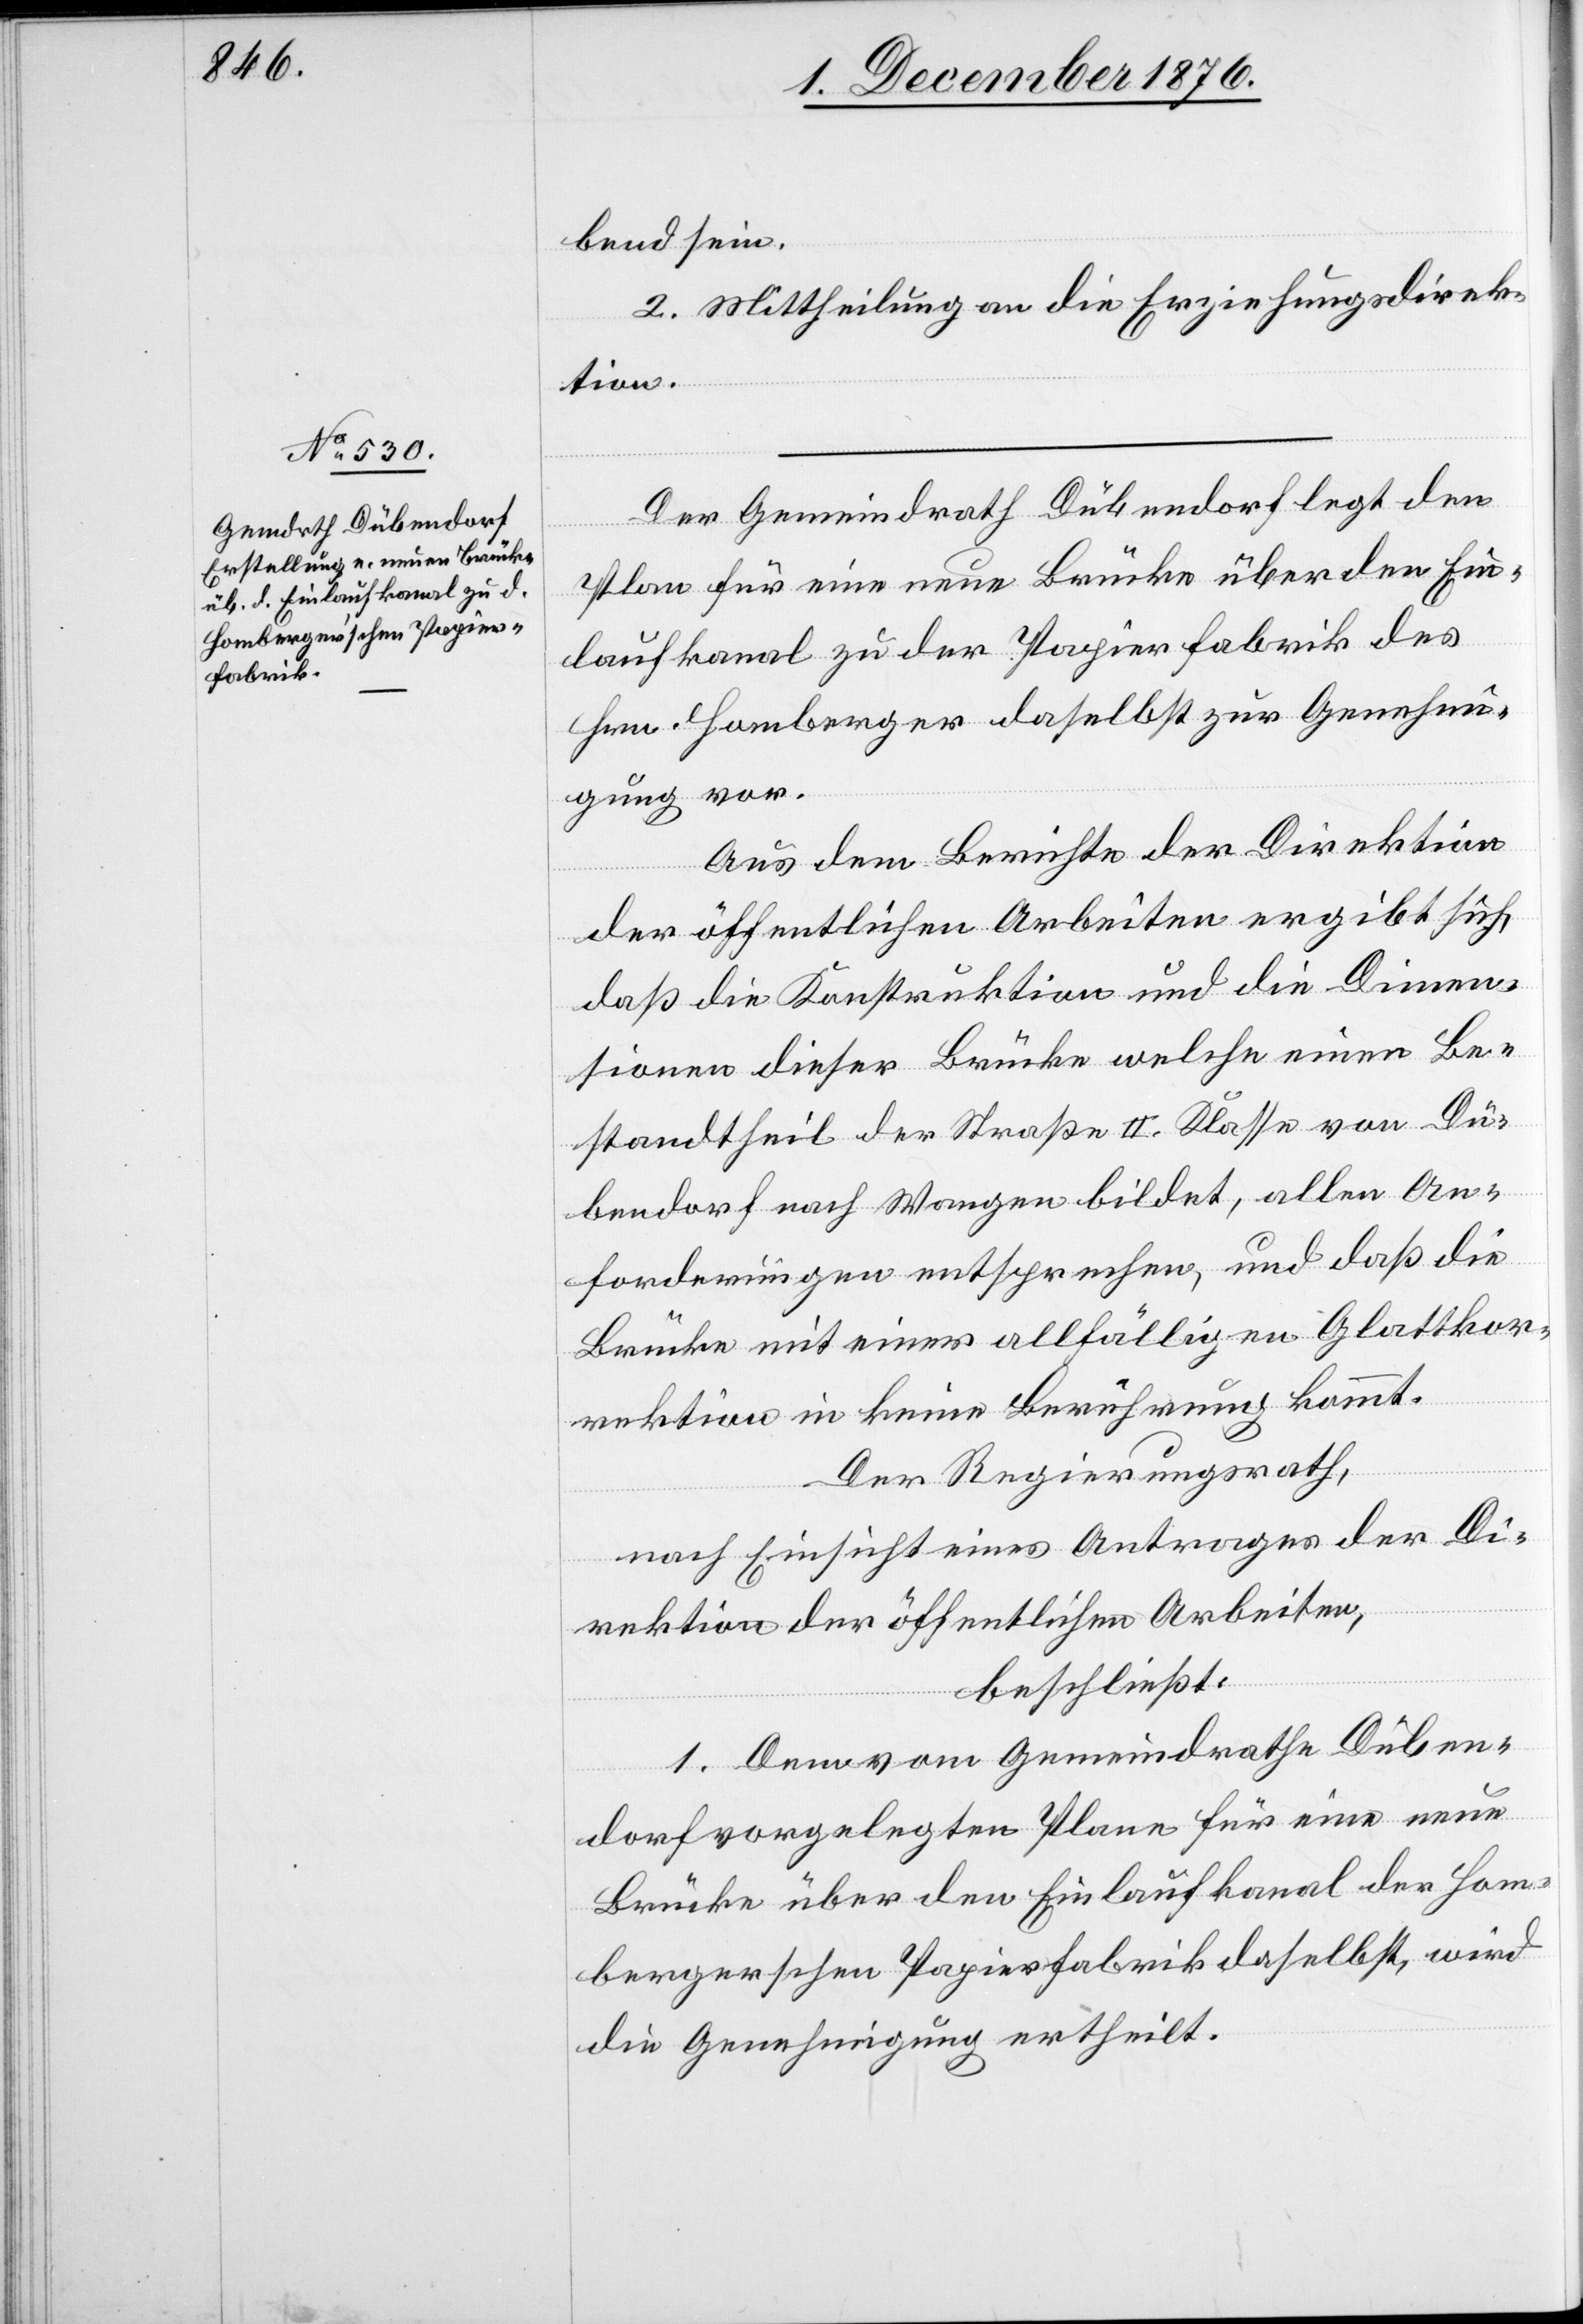
bend sein.
2. Mittheilung an die Erziehungsdirek¬
tion.
Der Gemeindrath Dübendorf legt den
Plan für eine neue Brücke über den Ein¬
laufkanal zu der Papierfabrik des
Hrn. Homberger daselbst zur Genehmi¬
gung vor.
Aus dem Berichte der Direktion
der öffentlichen Arbeiten ergibt sich,
daß die Konstruktion und die Dimen¬
sionen dieser Brücke welche einen Be¬
standtheil der Straße II. Klasse von Dü¬
bendorf nach Wangen bildet, allen An¬
forderungen entsprechen, und daß die
Brücke mit einer allfälligen Glattkor¬
rektion in keine Berührung kommt.
Der Regierungsrath,
nach Einsicht eines Antrages der Di¬
rektion der öffentlichen Arbeiten,
beschließt:
1. Dem vom Gemeindrathe Düben¬
dorf vorgelegten Plane für eine neue
Brücke über den Einlaufkanal der Hom¬
bergerschen Papierfabrik daselbst, wird
die Genehmigung ertheilt.